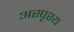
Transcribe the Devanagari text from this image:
अस्पृश्‍य